Annual vaccination report of Bihar and Orissa - 1911-1928
Year: 1911
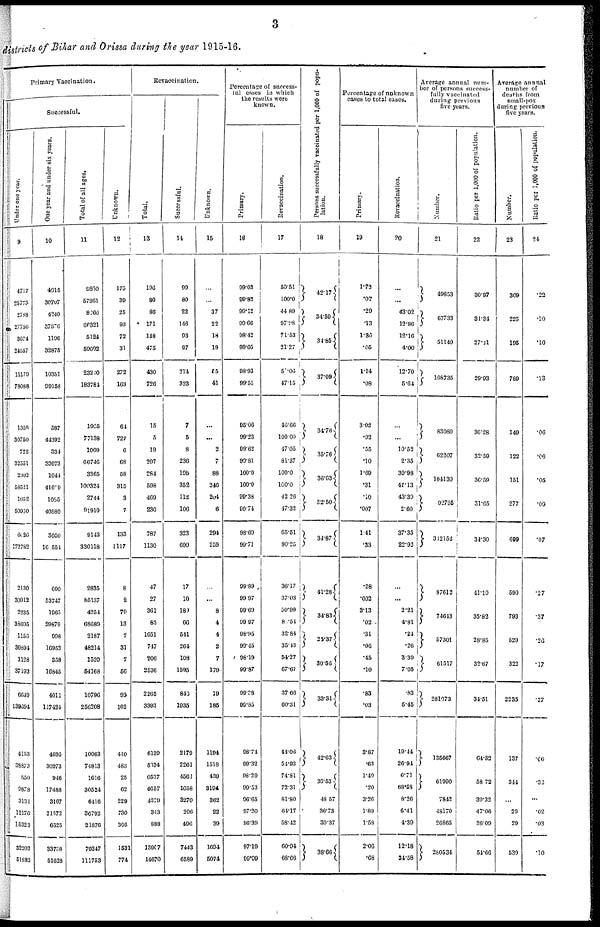
3
districts of Bihar and Orissa during the year 1915-16.
Primary Vaccination.
Successful.
Under
one
year.
9
4717
25775
2788
27756
3674
24557
11179
78088
1359
30750
722
32551
2302
58521
1652
50960
6026
172782
2130
30912
2235
38695
1156
30894
1128
37193
66.49
139694
4153
38873
550
9878
3131
12176
15323
32202
51882
One year and under six years.
10
4915
30707
4240
37576
1196
32875
10351
99158
587
44392
334
33673
1044
41609
1085
40880
3050
160554
690
53747
1965
29879
998
16953
358
16845
4011
117424
4695
30973
946
17488
3167
21572
6525
33738
51628
Total of all ages.
11
9850
57861
8266
66321
5124
59602
23240
183784
1965
77138
1069
66746
3365
100324
2744
91910
9143
336118
2835
85137
4254
68689
2187
48214
1520
54168
10796
256208
10063
74813
1616
30524
6416
36792
21876
70347
111753
Unknown.
12
175
39
25
93
72
31
272
163
64
727
6
68
58
315
3
7
133
1117
8
2
70
13
7
31
7
56
92
102
410
483
25
62
229
730
366
1531
774
Revaccination.
Total.
13
196
80
86
171
148
475
430
726
15
5
19
297
284
598
469
230
787
1130
47
27
361
83
1651
747
206
2536
2265
3393
6139
5634
6537
4657
4379
343
888
13907
14670
Successful.
14
99
80
22
146
93
97
214
323
7
5
8
236
196
352
112
106
323
699
17
10
180
66
541
264
108
1595
846
1935
2179
2261
4562
1058
3270
206
496
7443
6589
Unknown.
15
...
...
37
22
18
19
15
41
...
...
2
7
88
246
204
6
294
259
...
...
8
4
4
2
7
179
19
186
1194
1518
439
3194
362
22
39
1694
5074
Percentage of success¬
ful cases in which
the results were
known.
Primary.
16
99.03
99.83
99.12
99.66
98.42
99.05
98.93
99.51
95.06
99.23
99.62
99.81
100.0
100.0
99.38
99.74
98.69
99.71
99.89
99.97
99.69
99.97
98.95
99.45
98.19
99.87
99.38
99.35
98.74
99.32
98.29
99.53
96.65
97.20
96.39
97.19
99.09
Revaccination.
17
50.51
100.0
44.89
97.98
71.53
21.27
50.06
47.15
46.66
100.00
47.05
81.37
100.0
100.0
42.26
47.32
65.51
80.25
36.17
37.03
50.99
8.54
32.84
35.43
54.27
67.67
37.66
60.31
44.06
54.93
74.81
72.31
81.80
64.17
58.42
60.94
68.66
Persons successfully vaccinated per 1,000 of popu-
lation.
18
42.17
34.59
34.85
37.09
34.76
35.76
36.63
32.50
34.87
41.28
34.83
25.37
30.56
33.31
42.63
36.53
48.57
36.73
30.37
38.66
Percentage of unknown
cases to total cases.
Primary.
19
1.72
.07
.29
.13
1.36
.05
1.14
.08
3.02
.92
.55
.10
1.69
.31
.10
.007
1.41
.33
.28
.002
3.13
.02
.31
.06
.45
.10
.83
.03
3.87
.63
1.49
.20
3.26
1.89
1.58
2.06
.68
Revaccination.
20
...
...
43.02
12.86
12.16
4.00
12.70
5.64
...
...
10.52
2.35
30.98
41.13
43.39
2.60
37.35
22.92
...
...
2.21
4.81
.24
.26
3.39
7.05
.83
5.45
19.44
26.94
6.71
68.58
8.26
6.41
4.39
12.18
34.58
Average annual num-
ber of persons success-
fully vaccinated
during previous
five years.
Number.
21
49853
67733
51149
168735
83080
62207
104130
92735
312152
87612
74643
57301
61517
281073
135667
61990
7842
48170
20865
280534
Ratio per 1,000 of population.
22
30.97
31.34
27.11
29.93
36.28
32.59
36.59
31.65
34.30
41.10
35.82
28.85
32.67
34.51
64.32
58.72
39.32
47.06
36.09
54.66
Arerage annual
number of
deaths from
small-pox
during previous
five years.
Number.
23
369
225
195
789
149
122
151
277
699
590
793
529
322
2235
137
344
...
29
29
539
Ratio per 1,000 of population.
24
.22
.10
.10
.13
.06
.06
.05
.09
.07
.27
.37
.26
.17
.27
.06
.32
...
.02
.03
.10